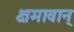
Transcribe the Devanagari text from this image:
क्षमावान्